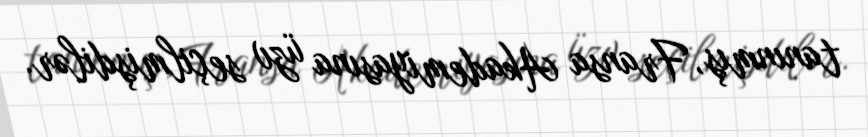
tanınmış, Fransa Akademiyasına üzv seçilmişdilər.